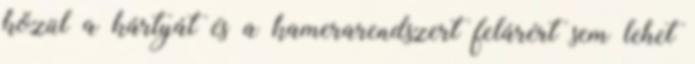
közül a kártyát és a kamerarendszert felárért sem lehet